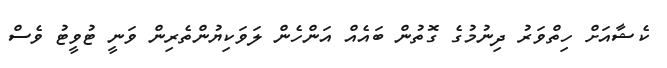
ކެޝާއަށް ހިތްވަރު ދިނުމުގެ ގޮތުން ބައެއް އަންހެން ލަވަކިޔުންތެރިން ވަނީ ޓުވީޓު ވެސް